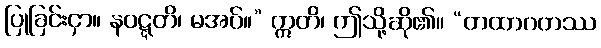
ပြုခြင်းငှာ။ နဝဋ္ဋတိ၊ မအပ်။” ဣတိ၊ ဤသို့ဆို၏။ “တထာဂတဿ